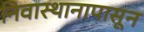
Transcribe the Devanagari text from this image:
निवास्थानापासून